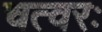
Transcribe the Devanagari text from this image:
चत्वरः